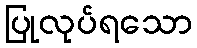
ပြုလုပ်ရသော